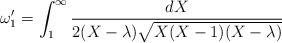
LaTeX: \begin{align*}\omega_1' =\int_1^\infty\frac{dX}{2(X-\lambda)\sqrt{X(X-1)(X-\lambda)}}\end{align*}